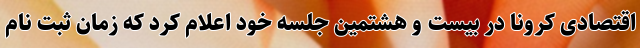
اقتصادی کرونا در بیست و هشتمین جلسه خود اعلام کرد که زمان ثبت نام